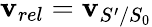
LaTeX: \mathbf{v}_{rel}=\mathbf{v}_{S^{\prime}/S_{0}}